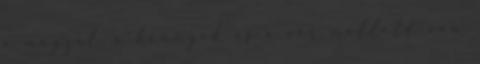
a magzat, a könnyek és a vér mellett van